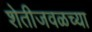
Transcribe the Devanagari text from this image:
शेतीजवळच्या